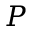
P